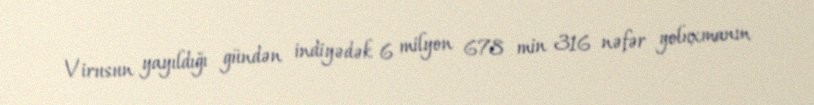
Virusun yayıldığı gündən indiyədək 6 milyon 678 min 316 nəfər yoluxmanın